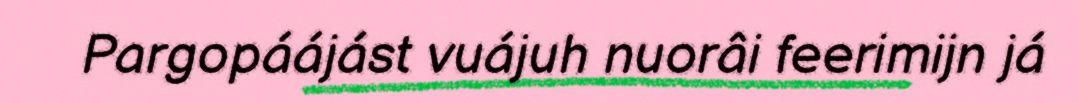
Pargopáájást vuájuh nuorâi feerimijn já